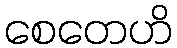
စေတေဟိ